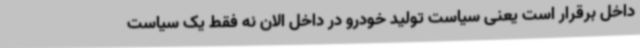
داخل برقرار است یعنی سیاست تولید خودرو در داخل الان نه فقط یک سیاست